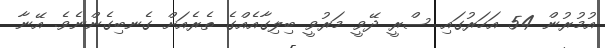
އުމުރުން 54 އަހަރުގައި ސްރީ ދޭވީ މަރުވީ ބިލިގާއެއްގެ ތެރެއަށް ގެނބިގެންނެވެ. އޭނާ